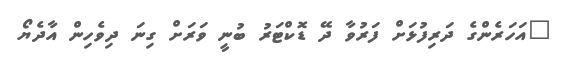
"އަހަރެންގެ ދަރިފުޅަށް ފަރުވާ ދޭ ޑޮކްޓަރު ބުނީ ވަރަށް ގިނަ ދިވެހިން އާދެޔޯ